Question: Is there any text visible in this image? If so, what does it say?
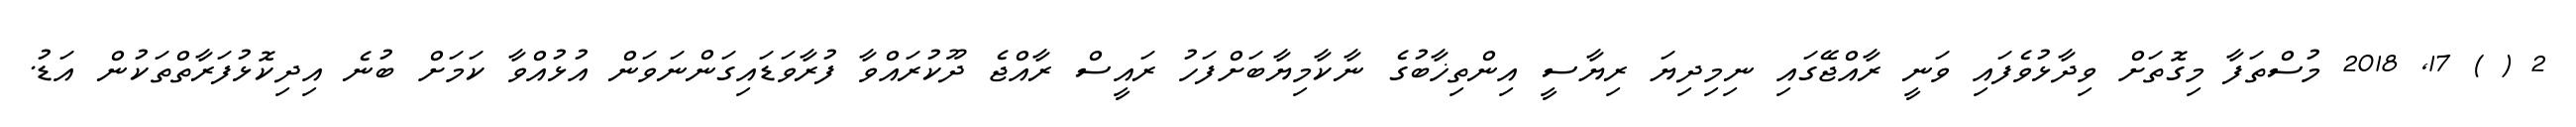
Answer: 2 ( ) 17, 2018 މުސްތަފާ މިގޮތަށް ވިދާޅުވެފައި ވަނީ ރާއްޖޭގައި ނިމިދިޔަ ރިޔާސީ އިންތިޚާބުގެ ނާކާމިޔާބަށްފަހު ރައީސް ރާއްޖެ ދޫކުރައްވާ ފުރާވަޑައިގަންނަވަން އުޅުއްވާ ކަމަށް ބުނެ އިދިކޮޅުފަރާތްތަކުން އަޑު.